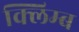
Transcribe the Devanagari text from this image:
क्लिम्ब